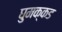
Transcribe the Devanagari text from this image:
घुमक्कड